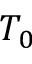
T _ { 0 }